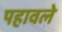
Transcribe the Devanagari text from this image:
पहावले